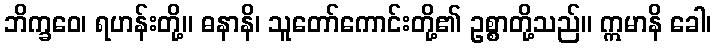
ဘိက္ခဝေ၊ ရဟန်းတို့။ ဓနာနိ၊ သူတော်ကောင်းတို့၏ ဥစ္စာတို့သည်။ ဣမာနိ ခေါ၊